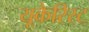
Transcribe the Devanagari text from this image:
यूकैरिस्ट